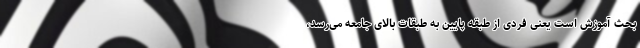
بحث آموزش است یعنی فردی از طبقه پایین به طبقات بالای جامعه می‌رسد،